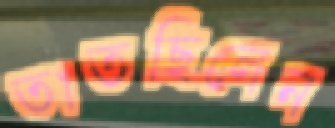
তাতছিলেন